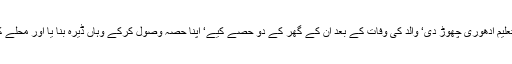
سینڈو نے اپنا سفر جاری رکھا‘ایف اے کے بعد تعلیم ادھوری چھوڑ دی‘ والد کی وفات کے بعد ان کے گھر کے دو حصے کیے‘ اپنا حصہ وصول کرکے وہاں ڈیرہ بنا یا اور محلے کے جرائم پیشہ لوگوں سے تعلقات استوار کرلیے۔